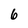
Character: 6